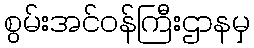
စွမ်းအင်ဝန်ကြီးဌာနမှ